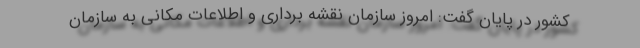
کشور در پایان گفت: امروز سازمان نقشه برداری و اطلاعات مکانی به سازمان